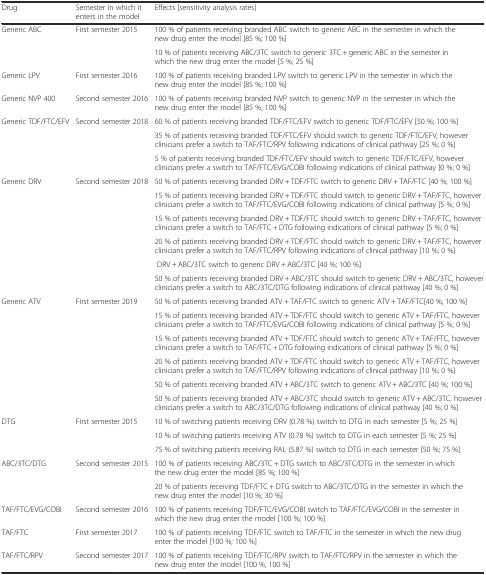
<table><thead><tr><td><b>Drug</b></td><td><b>Semester in which it enters in the model</b></td><td><b>Effects [sensitivity analysis rates]</b></td></tr></thead><tbody><tr><td rowspan="2">Generic ABC</td><td rowspan="2">First semester 2015</td><td>100 % of patients receiving branded ABC switch to generic ABC in the semester in which the new drug enter the model [85 %; 100 %]</td></tr><tr><td>10 % of patients receiving ABC/3TC switch to generic 3TC + generic ABC in the semester in which the new drug enter the model [5 %; 25 %]</td></tr><tr><td>Generic LPV</td><td>First semester 2016</td><td>100 % of patients receiving branded LPV switch to generic LPV in the semester in which the new drug enter the model [85 %; 100 %]</td></tr><tr><td>Generic NVP 400</td><td>Second semester 2016</td><td>100 % of patients receiving branded NVP switch to generic NVP in the semester in which the new drug enter the model [85 %; 100 %]</td></tr><tr><td rowspan="3">Generic TDF/FTC/EFV</td><td rowspan="3">Second semester 2018</td><td>60 % of patients receiving branded TDF/FTC/EFV switch to generic TDF/FTC/EFV [50 %; 100 %]</td></tr><tr><td>35 % of patients receiving branded TDF/FTC/EFV should switch to generic TDF/FTC/EFV, however clinicians prefer a switch to TAF/FTC/RPV following indications of clinical pathway [25 %; 0 %]</td></tr><tr><td>5 % of patients receiving branded TDF/FTC/EFV should switch to generic TDF/FTC/EFV, however clinicians prefer a switch to TAF/FTC/EVG/COBI following indications of clinical pathway [0 %; 0 %]</td></tr><tr><td rowspan="6">Generic DRV</td><td rowspan="6">Second semester 2018</td><td>50 % of patients receiving branded DRV + TDF/FTC switch to generic DRV + TAF/FTC [40 %; 100 %]</td></tr><tr><td>15 % of patients receiving branded DRV + TDF/FTC should switch to generic DRV + TAF/FTC, however clinicians prefer a switch to TAF/FTC/EVG/COBI following indications of clinical pathway [5 %; 0 %]</td></tr><tr><td>15 % of patients receiving branded DRV + TDF/FTC should switch to generic DRV + TAF/FTC, however clinicians prefer a switch to TAF/FTC + DTG following indications of clinical pathway [5 %; 0 %]</td></tr><tr><td>20 % of patients receiving branded DRV + TDF/FTC should switch to generic DRV + TAF/FTC, however clinicians prefer a switch to TAF/FTC/RPV following indications of clinical pathway [10 %; 0 %]</td></tr><tr><td> DRV + ABC/3TC switch to generic DRV + ABC/3TC [40 %; 100 %]</td></tr><tr><td>50 % of patients receiving branded DRV + ABC/3TC should switch to generic DRV + ABC/3TC, however clinicians prefer a switch to ABC/3TC/DTG following indications of clinical pathway [40 %; 0 %]</td></tr><tr><td rowspan="6">Generic ATV</td><td rowspan="6">First semester 2019</td><td>50 % of patients receiving branded ATV + TAF/FTC switch to generic ATV + TAF/FTC[40 %; 100 %]</td></tr><tr><td>15 % of patients receiving branded ATV + TDF/FTC should switch to generic ATV + TAF/FTC, however clinicians prefer a switch to TAF/FTC/EVG/COBI following indications of clinical pathway [5 %; 0 %]</td></tr><tr><td>15 % of patients receiving branded ATV + TDF/FTC should switch to generic ATV + TAF/FTC, however clinicians prefer a switch to TAF/FTC + DTG following indications of clinical pathway [5 %; 0 %]</td></tr><tr><td>20 % of patients receiving branded ATV + TDF/FTC should switch to generic ATV + TAF/FTC, however clinicians prefer a switch to TAF/FTC/RPV following indications of clinical pathway [10 %; 0 %]</td></tr><tr><td>50 % of patients receiving branded ATV + ABC/3TC switch to generic ATV + ABC/3TC [40 %; 100 %]</td></tr><tr><td>50 % of patients receiving branded ATV + ABC/3TC should switch to generic ATV + ABC/3TC, however clinicians prefer a switch to ABC/3TC/DTG following indications of clinical pathway [40 %; 0 %]</td></tr><tr><td rowspan="3">DTG</td><td rowspan="3">First semester 2015</td><td>10 % of switching patients receiving DRV (0.78 %) switch to DTG in each semester [5 %; 25 %]</td></tr><tr><td>10 % of switching patients receiving ATV (0.78 %) switch to DTG in each semester [5 %; 25 %]</td></tr><tr><td>75 % of switching patients receiving RAL (5.87 %) switch to DTG in each semester [50 %; 75 %]</td></tr><tr><td rowspan="2">ABC/3TC/DTG</td><td rowspan="2">Second semester 2015</td><td>100 % of patients receiving ABC/3TC + DTG switch to ABC/3TC/DTG in the semester in which the new drug enter the model [85 %; 100 %]</td></tr><tr><td>20 % of patients receiving TDF/FTC + DTG switch to ABC/3TC/DTG in the semester in which the new drug enter the model [10 %; 30 %]</td></tr><tr><td>TAF/FTC/EVG/COBI</td><td>Second semester 2016</td><td>100 % of patients receiving TDF/FTC/EVG/COBI switch to TAF/FTC/EVG/COBI in the semester in which the new drug enter the model [100 %; 100 %]</td></tr><tr><td>TAF/FTC</td><td>First semester 2017</td><td>100 % of patients receiving TDF/FTC switch to TAF/FTC in the semester in which the new drug enter the model [100 %; 100 %]</td></tr><tr><td>TAF/FTC/RPV</td><td>Second semester 2017</td><td>100 % of patients receiving TDF/FTC/RPV switch to TAF/FTC/RPV in the semester in which the new drug enter the model [100 %; 100 %]</td></tr></tbody></table>